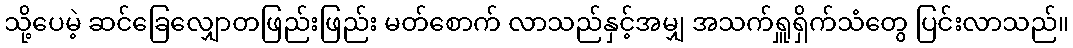
သို့ပေမဲ့ ဆင်ခြေလျှောတဖြည်းဖြည်း မတ်စောက် လာသည်နှင့်အမျှ အသက်ရှူရှိက်သံတွေ ပြင်းလာသည်။